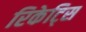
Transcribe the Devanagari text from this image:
रिकेट्सि